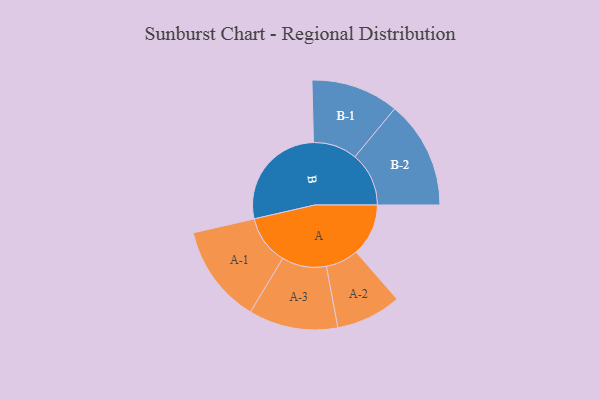
{"axis": {"x": "Segment", "y": "Value"}, "legend": ["", "A", "B"], "data": [{"x": "A", "y": 224, "type": ""}, {"x": "B", "y": 465, "type": ""}, {"x": "A-1", "y": 211, "type": "A"}, {"x": "A-2", "y": 140, "type": "A"}, {"x": "A-3", "y": 191, "type": "A"}, {"x": "B-1", "y": 188, "type": "B"}, {"x": "B-2", "y": 231, "type": "B"}]}